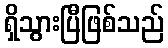
ရှိသွားပြီဖြစ်သည်